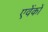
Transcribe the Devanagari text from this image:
एवेंकों